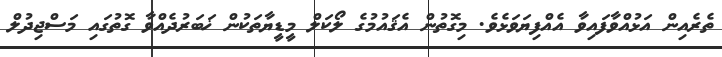
ތެރެއިން އަޅުއްވާފައިވާ އެއްފިޔަވަޅެވެ. މިގޮތުން އެޤައުމުގެ ލޯކަލް މީޑީޔާތަކުން ޚަބަރުދެއްވާ ގޮތުގައި މަސްޖިދުލް